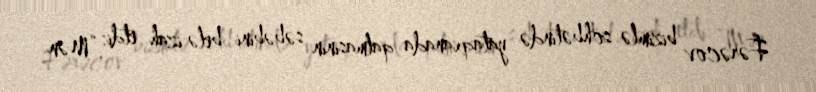
Fərəcov bizimlə söhbətində yataqxanada qalmasının səbəbini belə izah etdi: “Mən